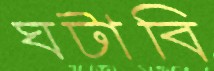
ঘটাবি